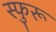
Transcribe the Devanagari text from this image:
स्फुरू